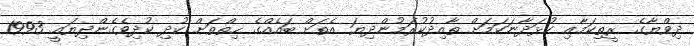
ދިވްޔާގެ ރީތިކަމާއި ކުޅަދާނަކަމަށް ތާއިދުކުރަމުންދިޔަ އެތަށް ބައެއްގެ ހިތްތަށް ކުދި ކުދިވެގެންދިޔައީ 1993